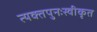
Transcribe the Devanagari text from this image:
त्यक्तपुनःस्वीकृत